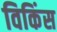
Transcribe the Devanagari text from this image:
विकिंस